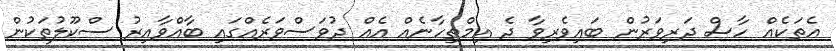
އެތަކެއް ހާސް ދަރިވަރުން ބައިވެރިވާ ދެ އިމްތިހާނެއް އެއް ދުވަސްވަރެއްގައި ބާއްވާއިރު ސްކޫލުތަކުން